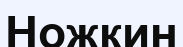
Ножкин